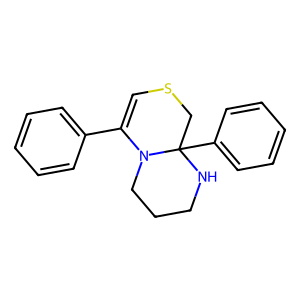
SMILES: C1=C(c2ccccc2)N2CCCNC2(c2ccccc2)CS1
Inhibits HIV replication: No